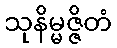
သုနိမ္မဇ္ဇိတံ